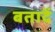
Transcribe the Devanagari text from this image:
बतादें